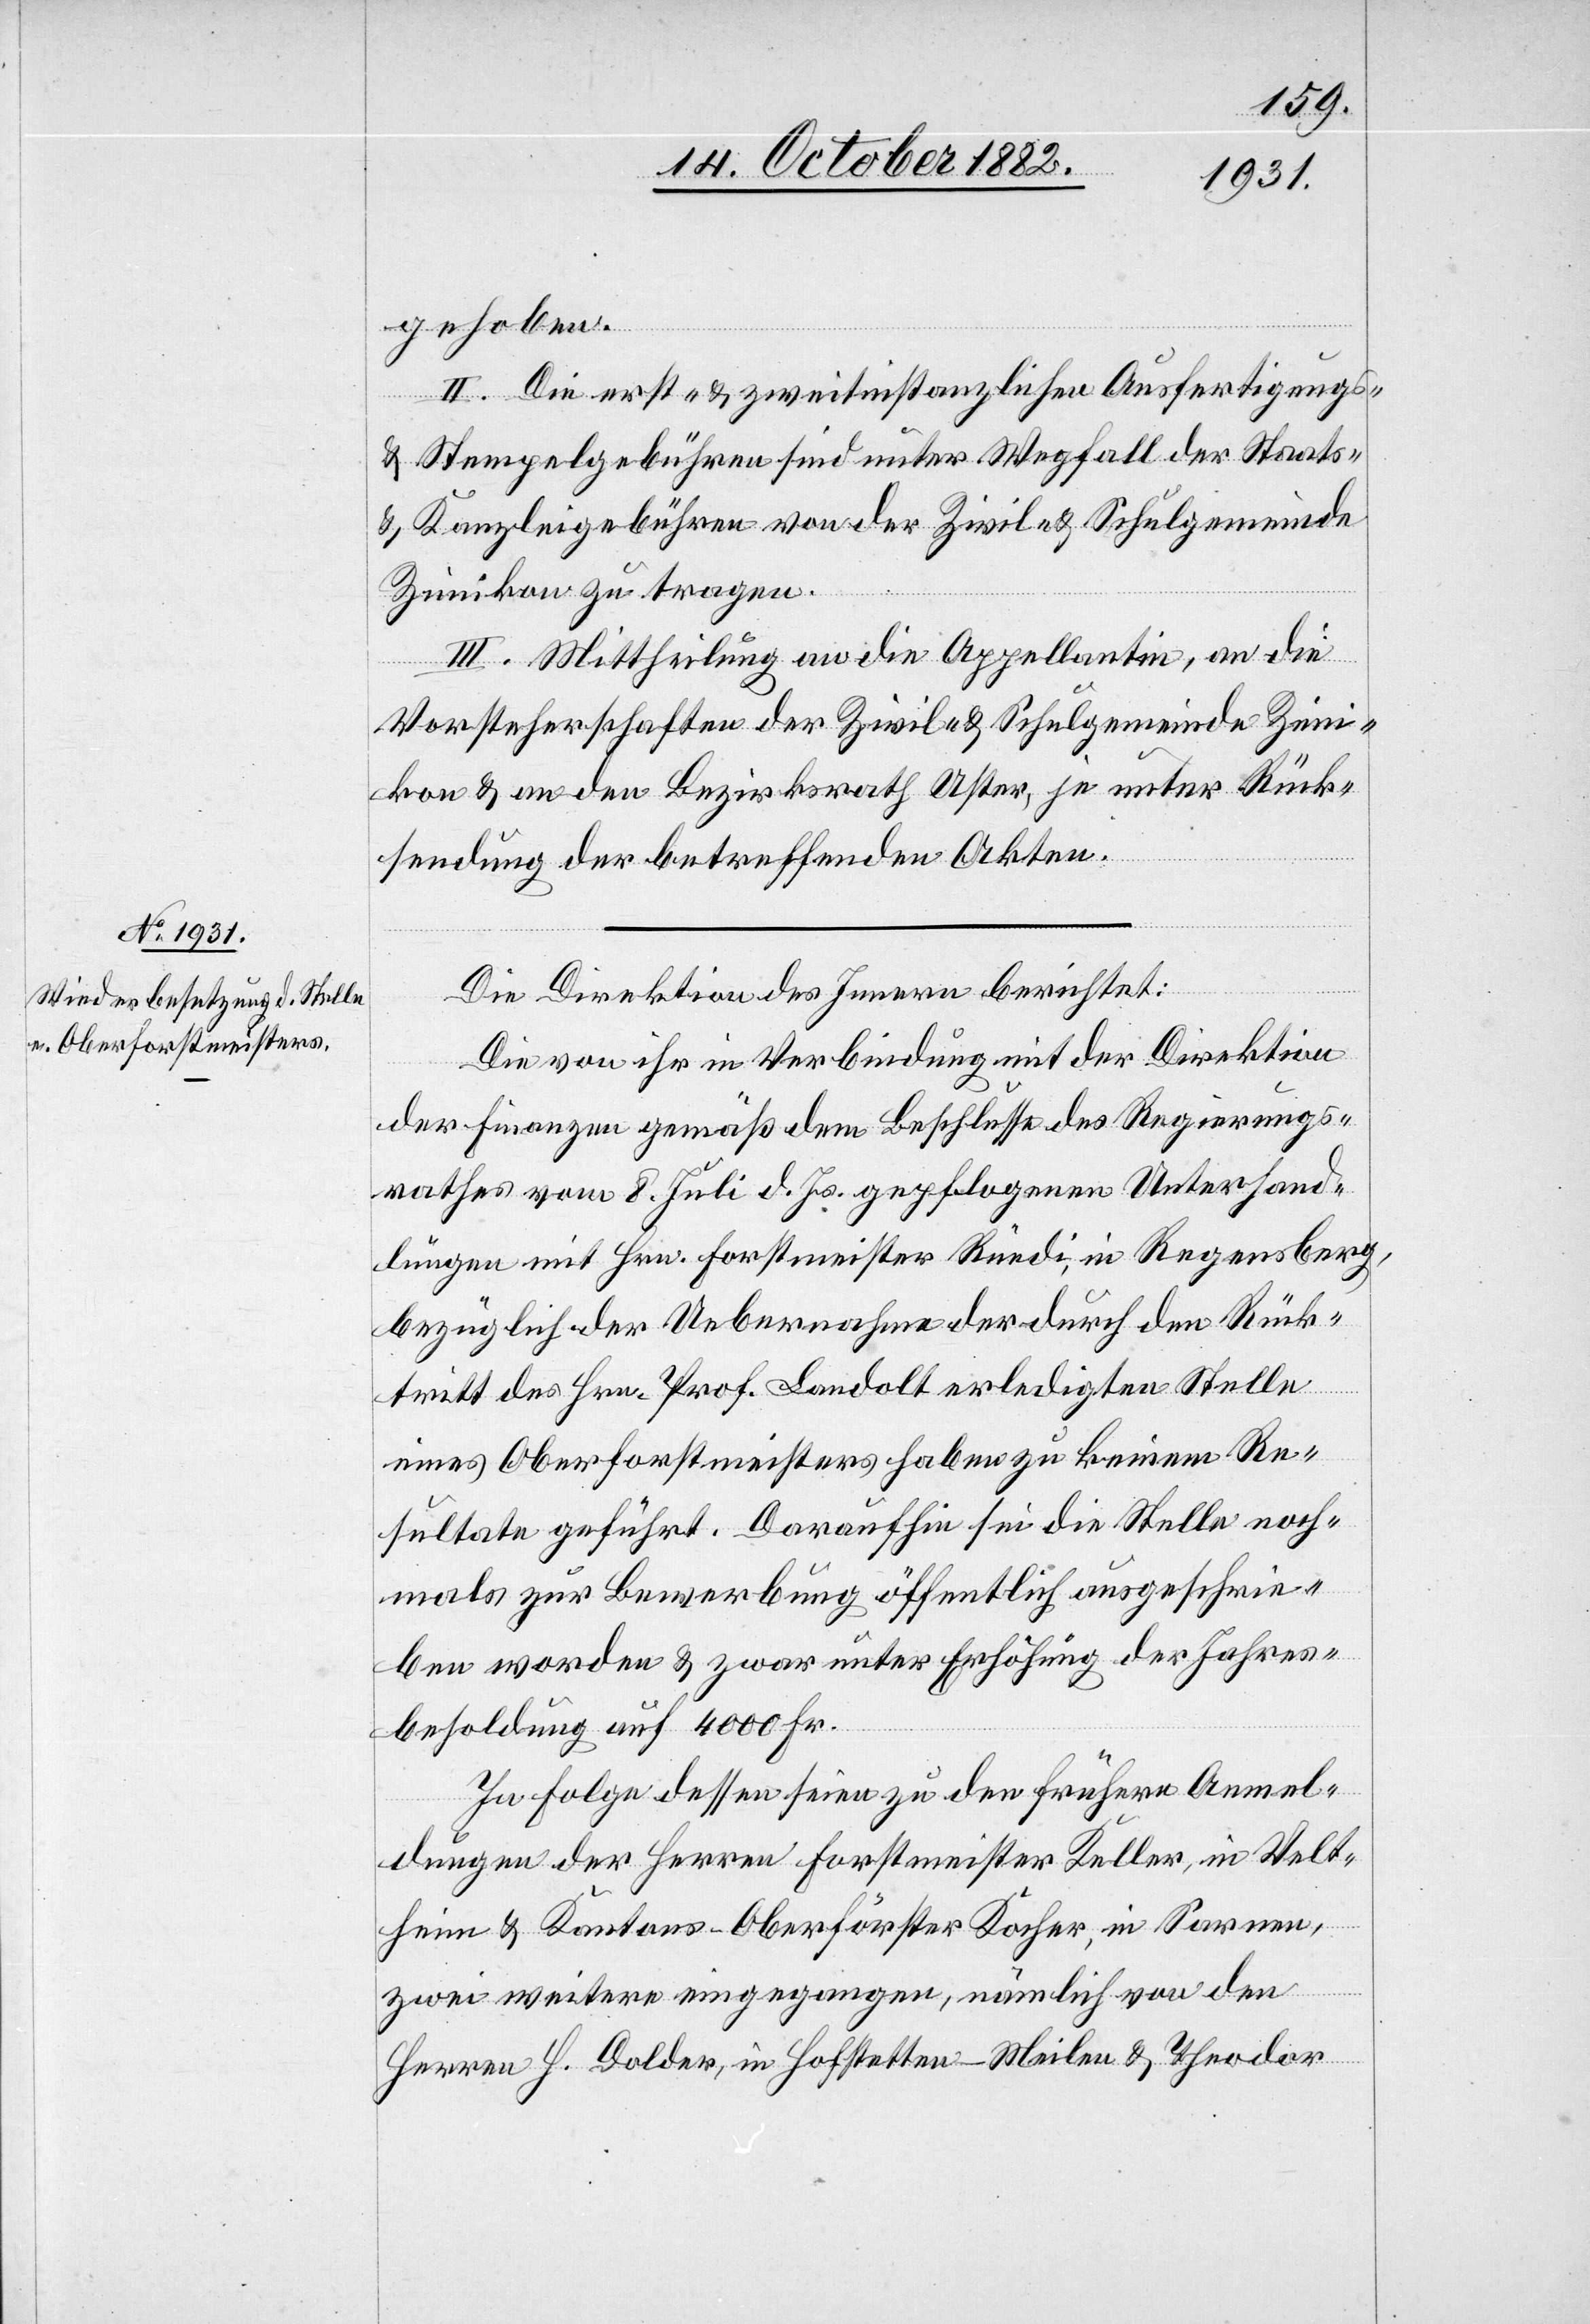
gehoben.
II. Die erst- & zweitinstanzlichen Ausfertigungs-
& Stempelgebühren sind unter Wegfall der Staats-
& Kanzleigebühren von der Zivil- & Schulgemeinde
Zimikon zu tragen.
III. Mittheilung an die Appellantin, an die
Vorsteherschaften der Zivil- & Schulgemeinde Zim¬
ikon & an den Bezirksrath Uster, je unter Rück¬
sendung der betreffenden Akten.
Die Direktion des Innern berichtet:
Die von ihr in Verbindung mit der Direktion
der Finanzen gemäß dem Beschlusse des Regierungs¬
rathes vom 8. Juli d. Js. gepflogenen Unterhand¬
lungen mit Hrn. Forstmeister Rüedi, in Regensberg,
bezüglich der Uebernahme der durch den Rück¬
tritt des Hrn. Prof. Landolt erledigten Stelle
eines Oberforstmeisters haben zu keinem Re¬
sultate geführt. Daraufhin sei die Stelle noch¬
mals zur Bewerbung öffentlich ausgeschrie¬
ben worden & zwar unter Erhöhung der Jahres¬
besoldung auf 4000 Fr.
In Folge dessen seien zu den frühern Anmel¬
dungen der Herren Forstmeister Keller, in Velt¬
heim & Kantons-Oberförster Kocher, in Sarnen,
zwei weitere eingegangen, nämlich von den
Herren H. Dolder, in Hofstetten - Meilen & Theodor